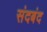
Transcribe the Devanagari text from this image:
संदबंद